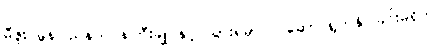
မီဇူး မွန်ပြည်နယ်ဝန်ကြီးချုပ်နှင့် သွားရမှာလဲ ဆောင်ရွက်နိုင်ခြင်းမရှိဘဲ